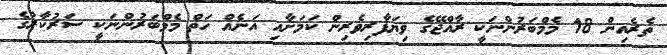
ތެރެއިން 18 މެމްބަރުންނަކީ ރާއްޖޭގެ ވިޔަފާރިވެރިން ކަމަށާއި އަނެއް ހަތް މެމްބަރުންނަކީ ސަރުކާރުގެ